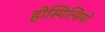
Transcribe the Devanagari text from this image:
होस्पित्सियो